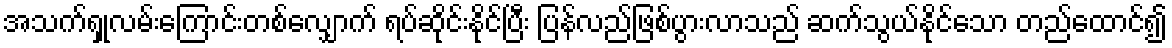
အသက်ရှုလမ်းကြောင်းတစ်လျှောက် ရပ်ဆိုင်းနိုင်ပြီး ပြန်လည်ဖြစ်ပွားလာသည် ဆက်သွယ်နိုင်သော တည်ထောင်၍